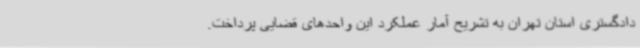
دادگستری استان تهران به تشریح آمار عملکرد این واحدهای قضایی پرداخت.